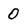
Character: 0